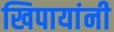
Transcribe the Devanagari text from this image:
खिपायांनी